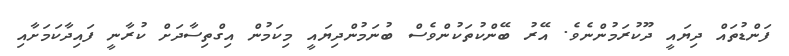
ފަންޑުތައް ދިޔައީ ދޫކުރަމުންނެވެ. އޭރު ބޭންކުތަކުންވެސް ބުނަމުންދިޔައީ މިކަމުން އިގްތިސާދަށް ކުރާނީ ފައިދާކަމަށާއި